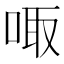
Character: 㖩